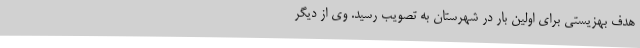
هدف بهزیستی برای اولین‌ بار در شهرستان به تصویب رسید. وی از دیگر